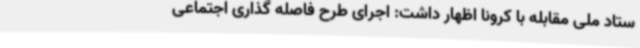
ستاد ملی مقابله با کرونا اظهار داشت: اجرای طرح فاصله گذاری اجتماعی